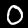
Digit: 0